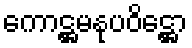
ကောဋ္ဌမနုပဝိဋ္ဌော